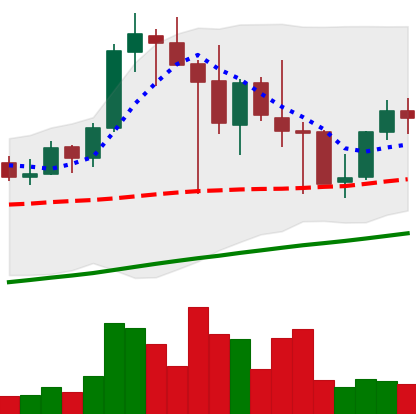
Ticker: LINK-USD
Chart end date: 2021-04-28
Forward return: 16.121%
Label: up_7plus